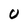
Character: U